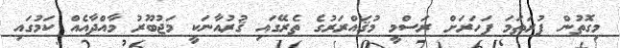
މިގޮތުން ފުރަތަމަ ފަހަރަށް ރަސްމީ މުޤައްރަރުގެ ތެރޭގައި ޤުރުއާނަކީ މަޖުބޫރު މާއްދާއެއް ކަމުގައި